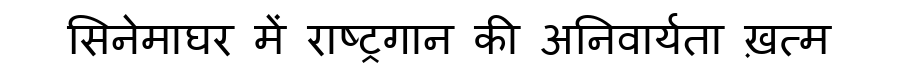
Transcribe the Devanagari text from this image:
सिनेमाघर में राष्ट्रगान की अनिवार्यता ख़त्म